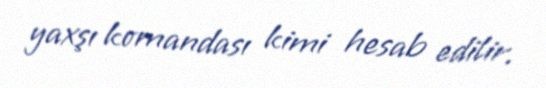
yaxşı komandası kimi hesab edilir.